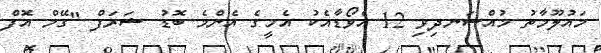
މައުލޫމާތު މުއްސަނދިވި 12 އެވޯޑާއެކު އެމީގެ އެންމެ ބޮޑު ޝަރަފް "ގޭމް އޮފް